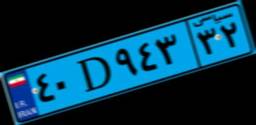
۴۰D۹۴۳۳۲